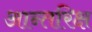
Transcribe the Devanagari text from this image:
आन्तरिक्ष